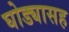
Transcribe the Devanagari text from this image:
घोड्यासह